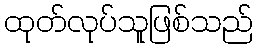
ထုတ်လုပ်သူဖြစ်သည်